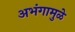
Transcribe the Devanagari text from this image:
अभंगामुळे